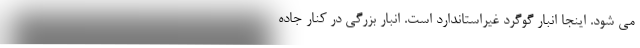
می شود. اینجا انبار گوگرد غیراستاندارد است. انبار بزرگی در کنار جاده